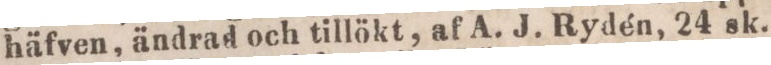
häfven, ändrad och tillökt, af A. J. Rydén, 24 sk.